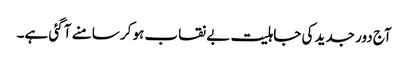
آج دور جدید کی جاہلیت بے نقاب ہو کر سامنے آ گئی ہے۔